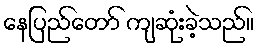
နေပြည်တော် ကျဆုံးခဲ့သည်။